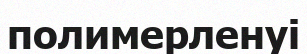
полимерленуі